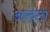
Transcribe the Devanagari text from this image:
अरुंटा